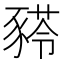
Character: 𰶫